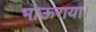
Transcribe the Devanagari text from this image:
भाऊराया।